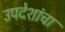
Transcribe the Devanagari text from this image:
उपदेशांचा